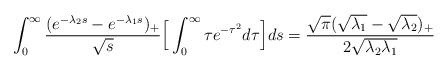
LaTeX: \begin{align*}\int_0^\infty\frac{(e^{-\lambda_{2} s}-e^{-\lambda_{1}s})_+}{\sqrt{s}}\Big[\int_0^\infty \tau e^{-\tau^2}d\tau\Big]ds =\frac{\sqrt{\pi}(\sqrt{\lambda_1}-\sqrt{\lambda_2})_{+}}{2\sqrt{\lambda_2\lambda_1}}\\\end{align*}